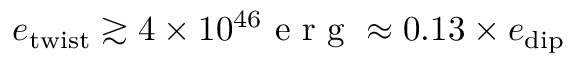
e _ { \mathrm { t w i s t } } \gtrsim 4 \times 1 0 ^ { 4 6 } \mathrm { ~ e ~ r ~ g ~ } \approx 0 . 1 3 \times e _ { \mathrm { d i p } }